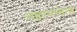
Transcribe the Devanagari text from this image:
तहानलेले